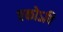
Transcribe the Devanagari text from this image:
एकोऽपि